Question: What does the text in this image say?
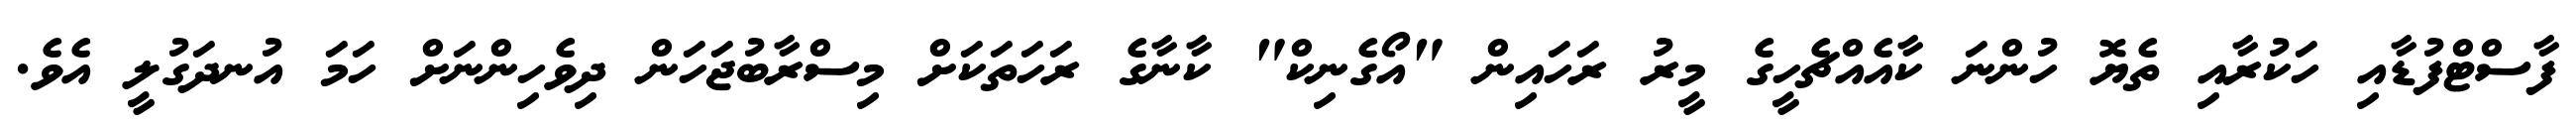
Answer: ފާސްޓްފުޑާއި ހަކުރާއި ތެޔޮ ހުންނަ ކާއެއްޗެހީގެ މީރު ރަހައިން "އޯގެނިކް" ކާނާގެ ރަހަތަކަށް މިސްރާބުޖަހަން ދިވެހިންނަށް ހަމަ އުނދަގުލީ އެވެ.